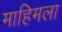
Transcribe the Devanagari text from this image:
माहिमला